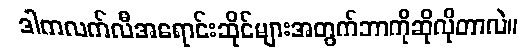
ဒါကလက်လီအရောင်းဆိုင်များအတွက်ဘာကိုဆိုလိုတာလဲ။